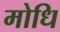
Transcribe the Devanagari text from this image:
मोधि